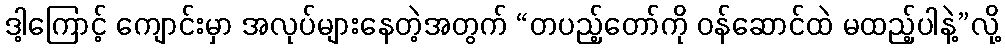
ဒါ့ကြောင့် ကျောင်းမှာ အလုပ်များနေတဲ့အတွက် “တပည့်တော်ကို ဝန်ဆောင်ထဲ မထည့်ပါနဲ့”လို့